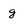
Character: g